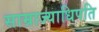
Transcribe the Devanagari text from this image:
साम्राज्याधिपति